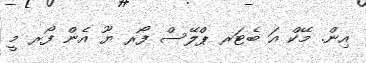
އިން. މޭކް އަ ބެޓަރ ޕްލޭސް ފޯރ ޔޫ އެން ފޯރ މީ